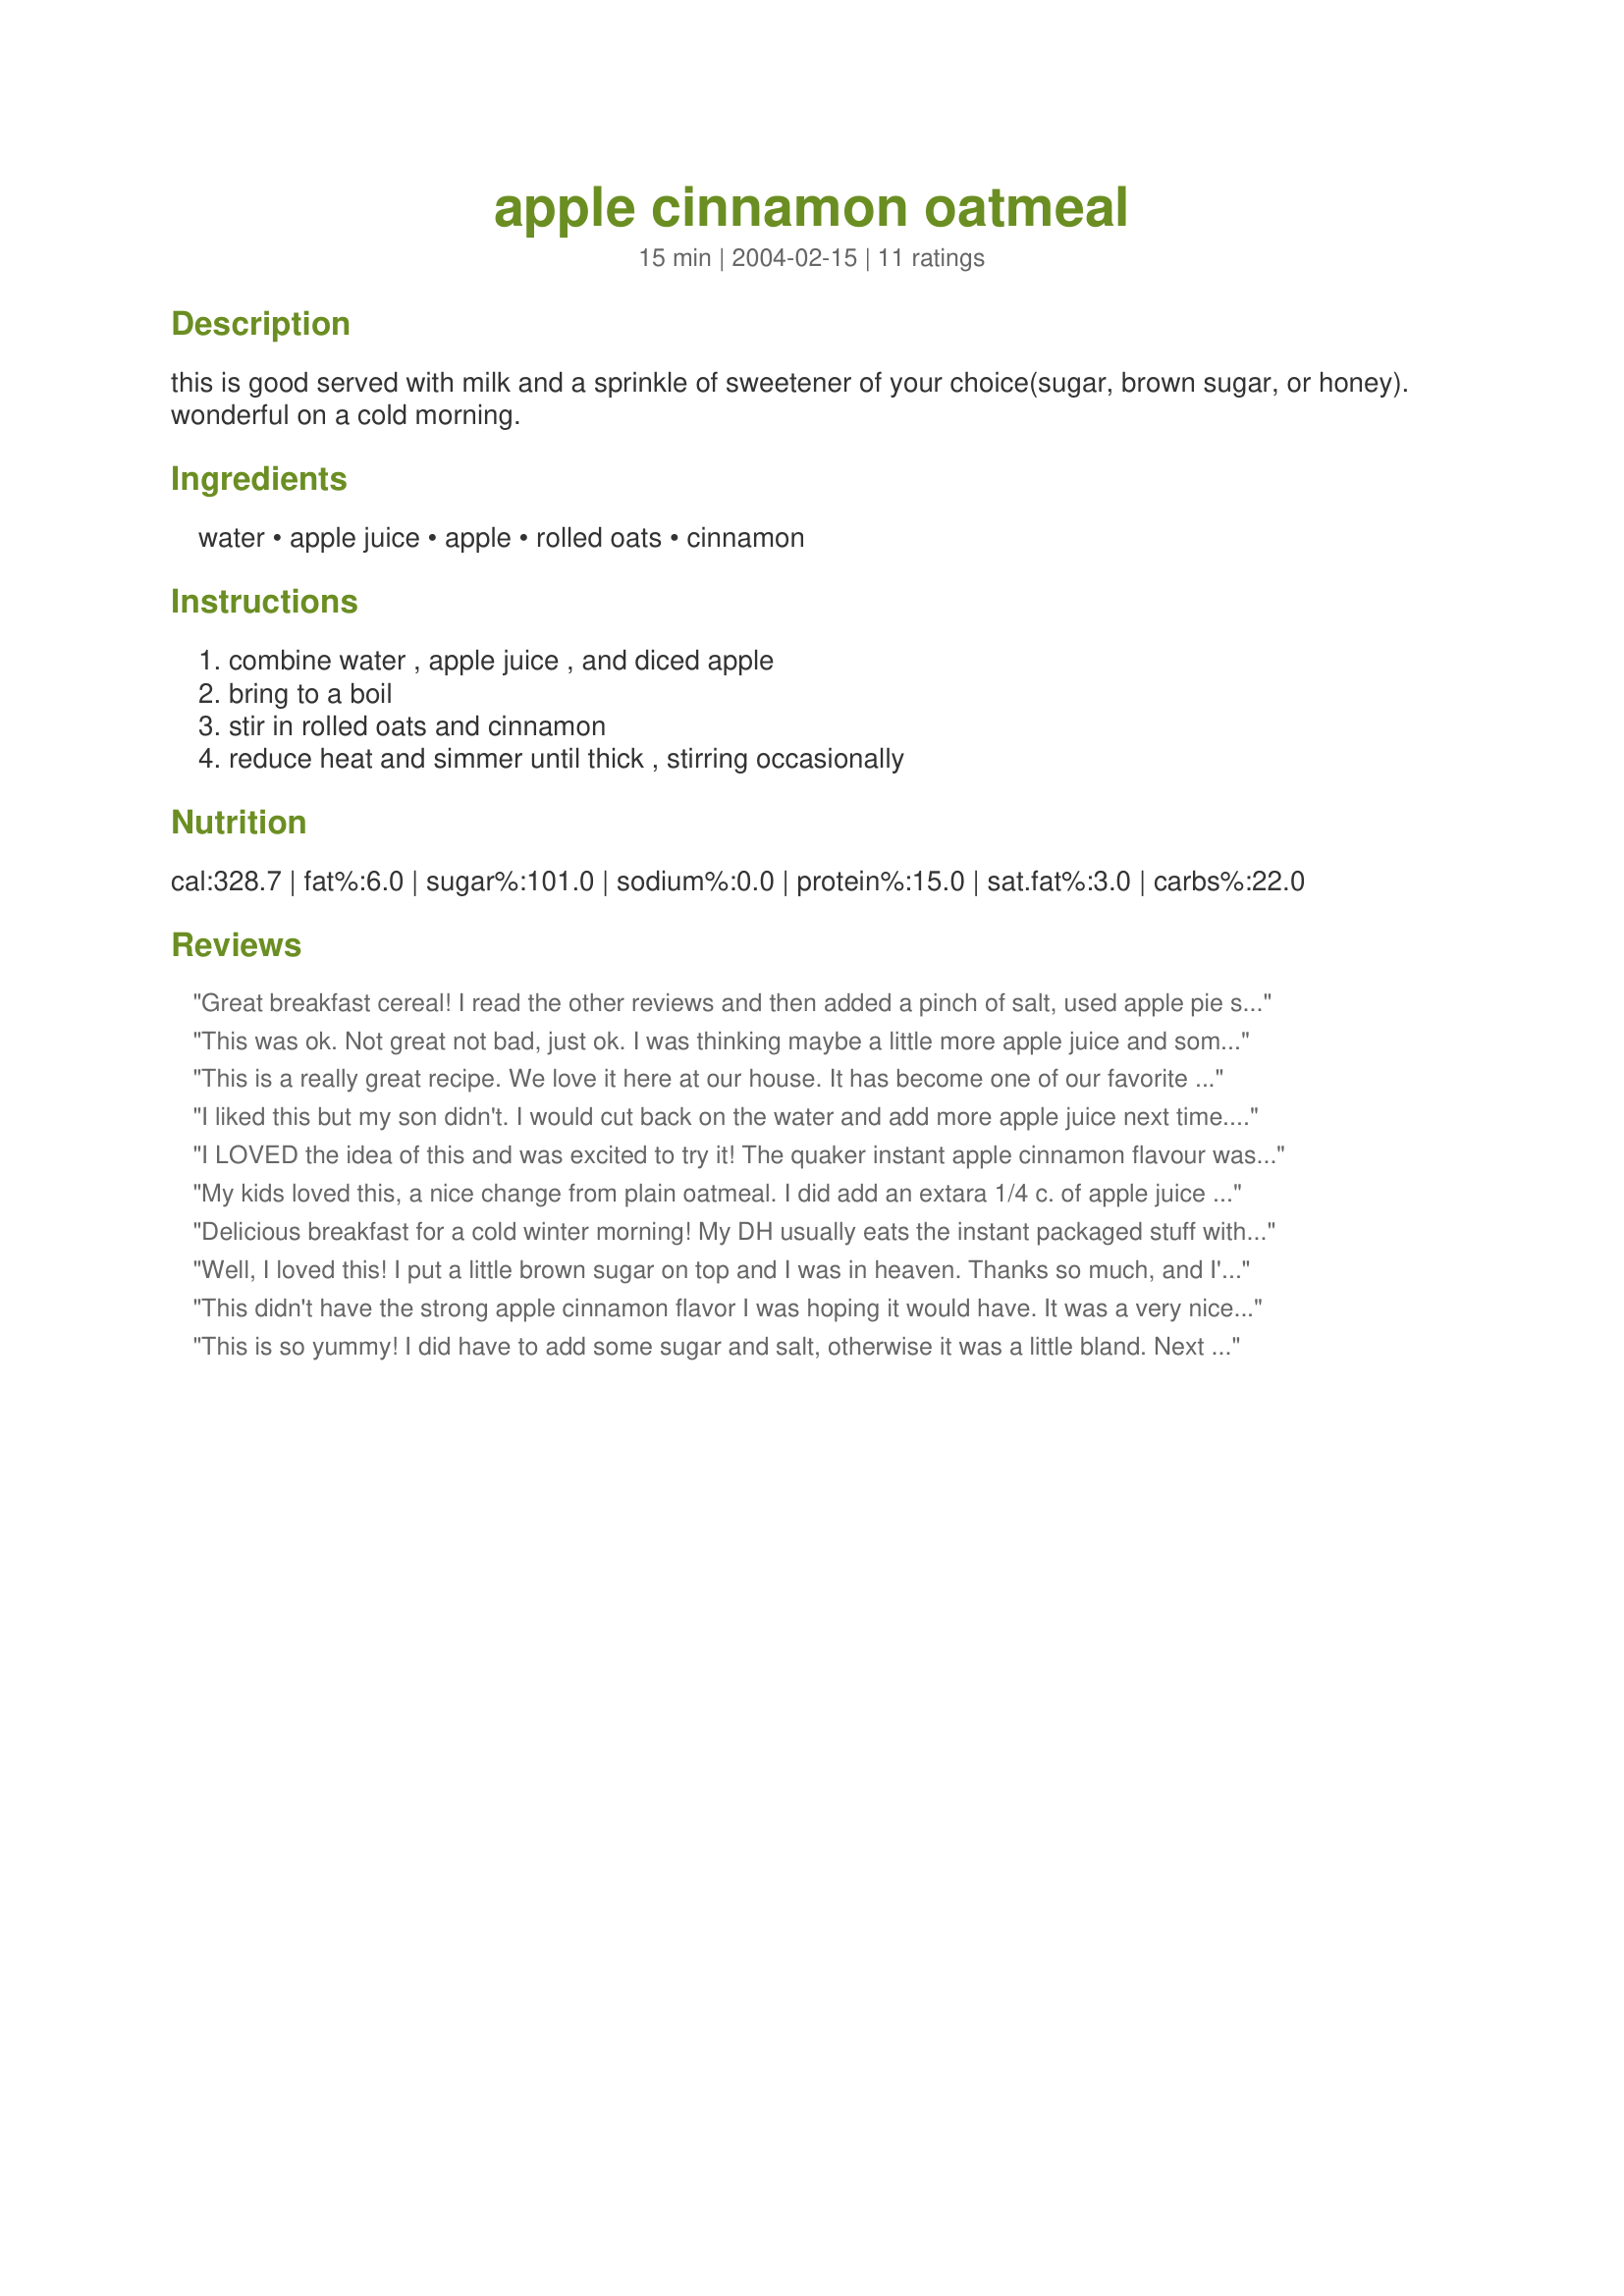
apple cinnamon oatmeal
Preparation time: 15 minutes

this is good served with milk and a sprinkle of sweetener of your choice(sugar, brown sugar, or honey). wonderful on a cold morning.

Ingredients:
water, apple juice, apple, rolled oats, cinnamon

Steps:
combine water , apple juice , and diced apple, bring to a boil, stir in rolled oats and cinnamon, reduce heat and simmer until thick , stirring occasionally

Reviews:
Great breakfast cereal! I read the other reviews and then added a pinch of salt, used apple pie spice instead of cinnamon, added a tsp of nonfat dry milk and when it was ready to eat I added a little Smart Balance Margarine to melt on top. I used Splenda to sweeten to my taste and I enjoyed a nice healthy bowl of oatmeal.
Thanks, Carole in Orlando
This was ok. Not great not bad, just ok. I was thinking maybe a little more apple juice and some raisins. But I love finding healthy recipes to try. Thanks so much!
This is a really great recipe. We love it here at our house. It has become one of our favorite thing to have for breakfast. Thanks for sharing!!
I liked this but my son didn't. I would cut back on the water and add more apple juice next time. I had to add three packets of Splenda. I would have liked it better if the apples would have cooked more. I like my apples soft not crunchy in oatmeal. Had a good taste though.
I LOVED the idea of this and was excited to try it! The quaker instant apple cinnamon flavour was among my favourite growing up. This of course would be a healthier version for my little ones!(and me too!) I made as directed and topped with brown sugar. I do realize that those instant processed pkgs. are alot different than what you would make at home, but I still found this was missing something...I would add a dash or two of salt next time and probably slightly more cinnamon. It was good and I will try again with the above additions. Thanks, MaeEast!
My kids loved this, a nice change from plain oatmeal. I did add an extara 1/4 c. of apple juice and decreased the water by the same amount. Will definitely become a staple here.
Delicious breakfast for a cold winter morning! My DH usually eats the instant packaged stuff with the artificial flavorings. He really enjoyed eatting the real thing! I'll be making this again..Thanks, Hazeleyes
Well, I loved this! I put a little brown sugar on top and I was in heaven. Thanks so much, and I'm sorry I'm so late on this. It is a lovely recipe which I will use again!
This didn't have the strong apple cinnamon flavor I was hoping it would have. 
It was a very nice change from regular oatmeal though and I will fix it again and try apple pie spice. 

Thanks MaeEast
This is so yummy! I did have to add some sugar and salt, otherwise it was a little bland. Next time I think I will sub a bit of the water and add more apple juice for more flavor. But overall, really yummy! I have no idea what the artificial stuff tastes like, since I never eat it, so can't compare. I usually just eat plain oatmeal.
I like my oatmeal a little more mushy than most folks so I added and extra 1/4 cup of apple juice during the cooking time. This gave me the right consistency and boosted the apple flavor. A cinnamon lover, I heeded the comments and added 1/4-1/2 teaspoon. Topped with a spoonful of plain yogurt and this was a treat.
